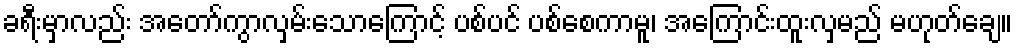
ခရီးမှာလည်း အတော်ကွာလှမ်းသောကြောင့် ပစ်ပင် ပစ်စေကာမူ၊ အကြောင်းထူးလှမည် မဟုတ်ချေ။